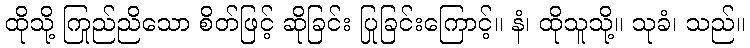
ထိုသို့ ကြည်ညိုသော စိတ်ဖြင့် ဆိုခြင်း ပြုခြင်းကြောင့်။ နံ၊ ထိုသူသို့။ သုခံ၊ သည်။